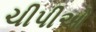
ચીપીઓ